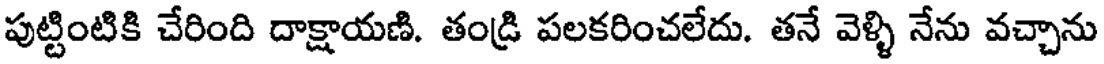
పుట్టింటికి చేరింది దాక్షాయణి. తండ్రి పలకరించలేదు. తనే వెళ్ళి నేను వచ్చాను